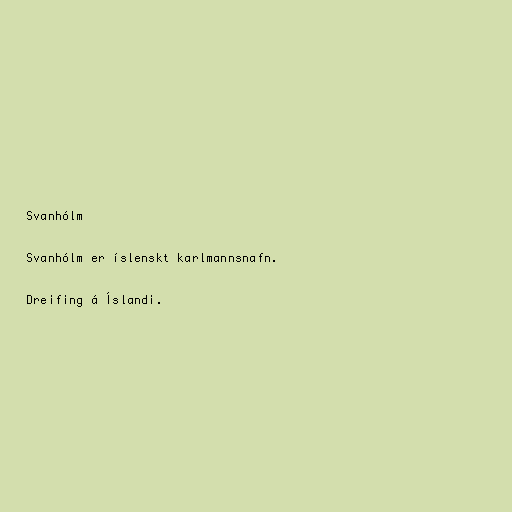
Svanhólm

Svanhólm er íslenskt karlmannsnafn.

Dreifing á Íslandi.